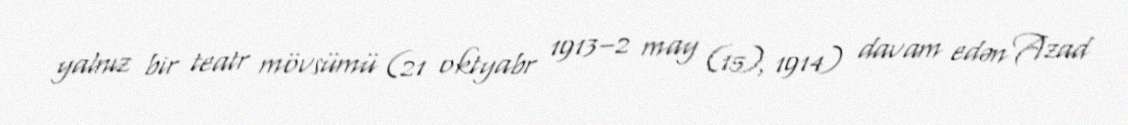
yalnız bir teatr mövsümü (21 oktyabr 1913–2 may (15), 1914) davam edən Azad